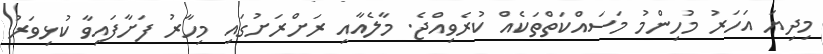
މިދިޔަ އަހަރު މުހިންމު މަސައްކަތްތަކެއް ކުރެވިއްޖެ. މާލެއާއި ރަށްރަށުގައި މިހާރު ފަށާފައިވާ ކުޅިވަރު